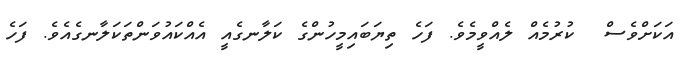
އަކަށްވެސް  ކުރުމެއް ލެއްވީމެވެ. ފަހެ ތިޔަބައިމީހުންގެ ކަލާނގެއީ އެއްކައުވަންތަކަލާނގެއެވެ. ފަހެ